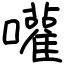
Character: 嚾